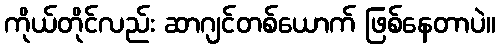
ကိုယ်တိုင်လည်း ဆာဂျင်တစ်ယောက် ဖြစ်နေတာပဲ။